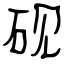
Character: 砚